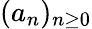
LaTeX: \textstyle(a_{n})_{n\geq 0}